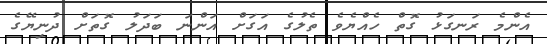
އެންމެ ރަނގަޅު ގޮތް ހެއްޔެވެ ތެލުގެ އަގަށް އަންނަ ބަދަލު ގޮތަށް ދުނިޔޭގެ